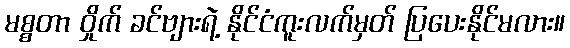
မစ္စတာ ဝှိုက် ခင်ဗျားရဲ့ နိုင်ငံကူးလက်မှတ် ပြပေးနိုင်မလား။